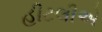
હીટલીએ